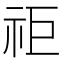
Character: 𥘹